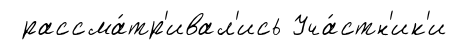
рассма́тр'ивал'ись Уча́стн'ик'и